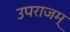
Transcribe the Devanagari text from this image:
उपराजम्